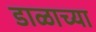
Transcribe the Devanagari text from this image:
डाळाच्या